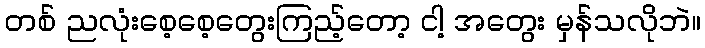
တစ် ညလုံးစေ့စေ့တွေးကြည့်တော့ ငါ့ အတွေး မှန်သလိုဘဲ။